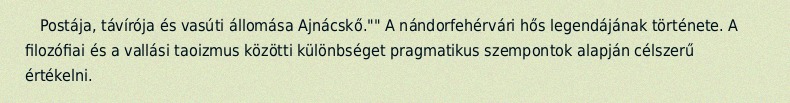
Postája, távírója és vasúti állomása Ajnácskő."" A nándorfehérvári hős legendájának története. A filozófiai és a vallási taoizmus közötti különbséget pragmatikus szempontok alapján célszerű értékelni.